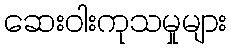
ဆေးဝါးကုသမှုများ